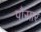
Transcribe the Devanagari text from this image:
पौसार